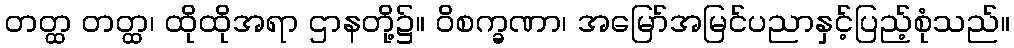
တတ္ထ တတ္ထ၊ ထိုထိုအရာ ဌာနတို့၌။ ဝိစက္ခဏာ၊ အမြော်အမြင်ပညာနှင့်ပြည့်စုံသည်။